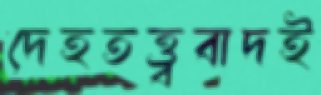
দেহতত্ত্ববাদই